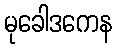
မုခေါဒကေန